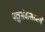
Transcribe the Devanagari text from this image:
पञ्चसंवत्सरमयं